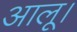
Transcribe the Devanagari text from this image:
आलू।